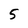
Character: 5